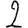
Digit: 2